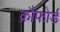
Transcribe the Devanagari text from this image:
क्रौफोर्ड